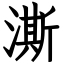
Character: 澌